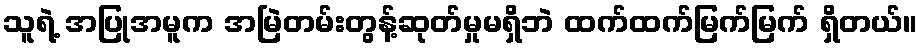
သူရဲ့ အပြုအမူက အမြဲတမ်းတွန့်ဆုတ်မှုမရှိဘဲ ထက်ထက်မြက်မြက် ရှိတယ်။